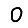
Digit: 0